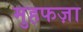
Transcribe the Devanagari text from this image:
मुहफज़ा